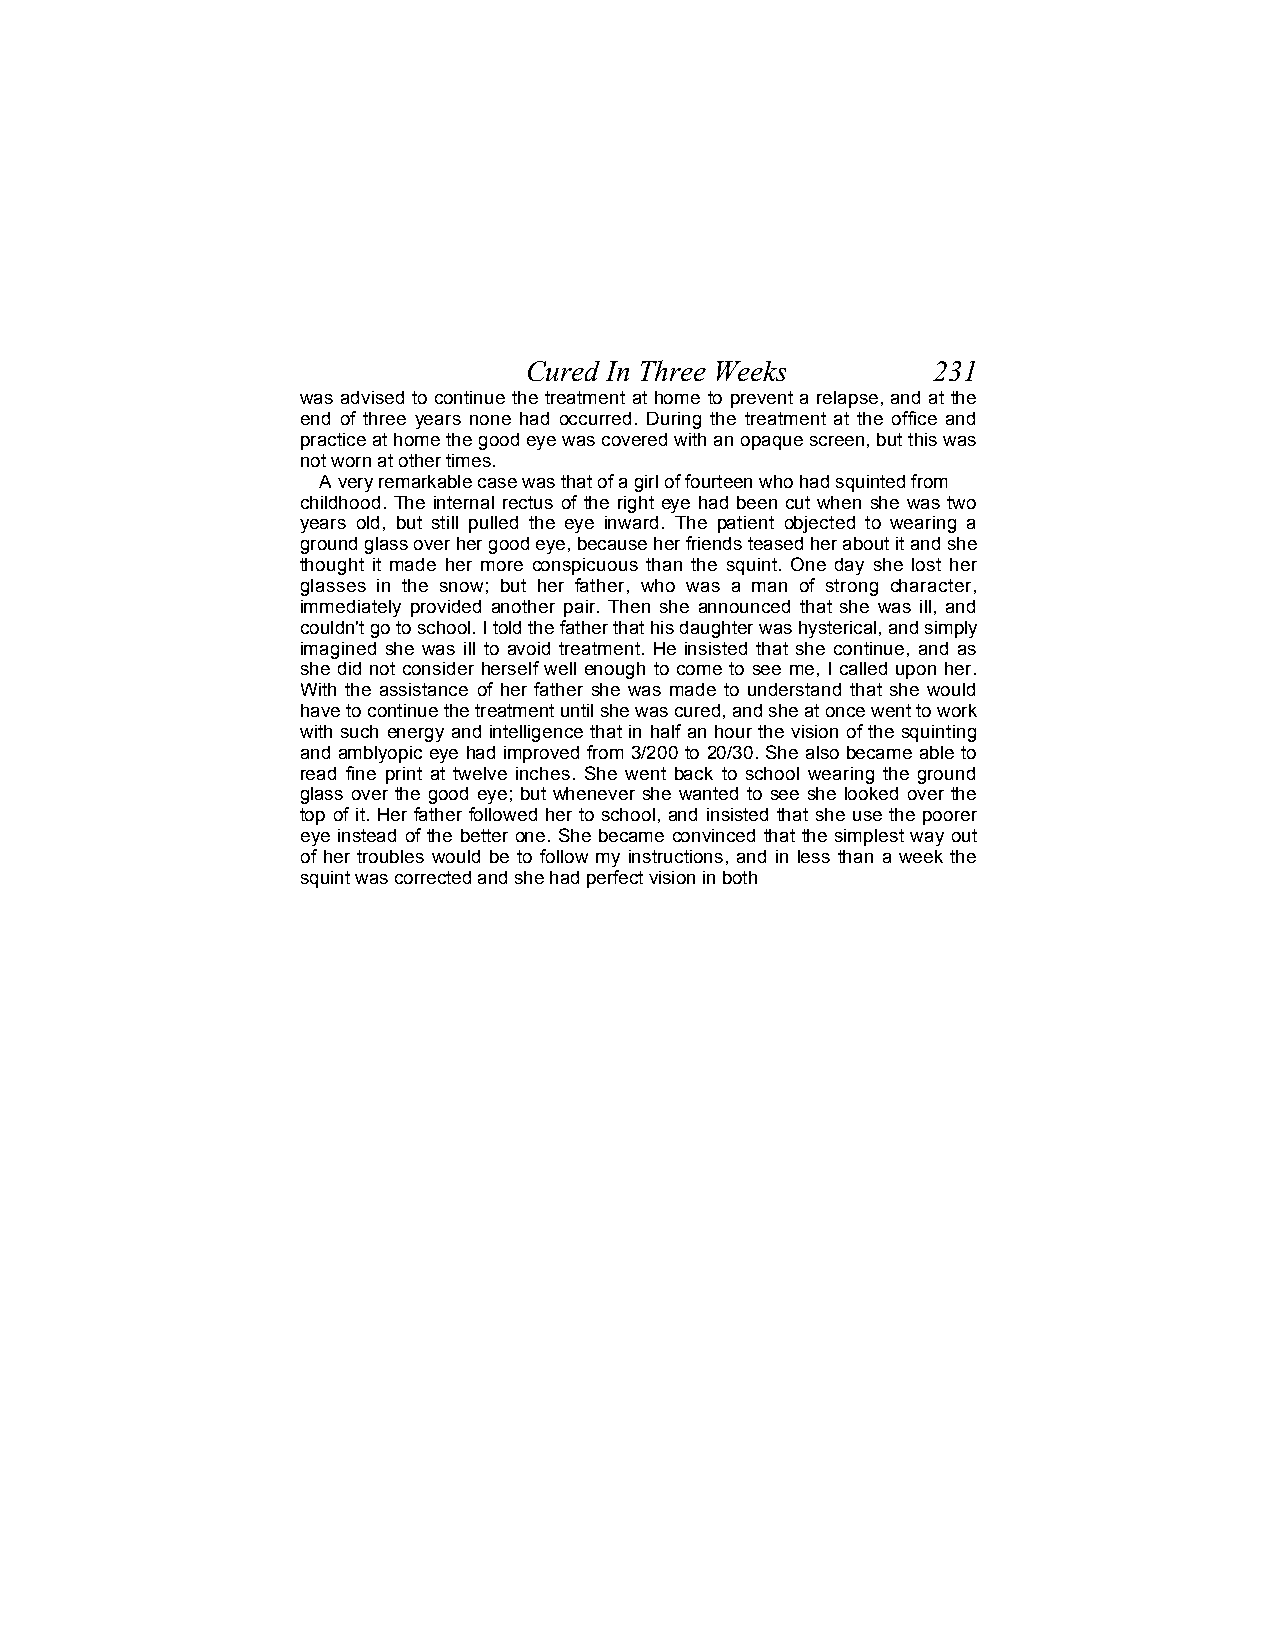
Cured In Three Weeks       231
 was advised to continue the treatment at home to prevent a relapse, and at the
 end of three years none had occurred. During the treatment at the office and
 practice at home the good eye was covered with an opaque screen, but this was
 not worn at other times.
 A very remarkable case was that of a girl of fourteen who had squinted from
 childhood. The internal rectus of the right eye had been cut when she was two
 years old, but still pulled the eye inward. The patient objected to wearing a
 ground glass over her good eye, because her friends teased her about it and she
 thought it made her more conspicuous than the squint. One day she lost her
 glasses in the snow; but her father, who was a man of strong character,
 immediately provided another pair. Then she announced that she was ill, and
 couldn't go to school. I told the father that his daughter was hysterical, and simply
 imagined she was ill to avoid treatment. He insisted that she continue, and as
 she did not consider herself well enough to come to see me, I called upon her.
 With the assistance of her father she was made to understand that she would
 have to continue the treatment until she was cured, and she at once went to work
 with such energy and intelligence that in half an hour the vision of the squinting
 and amblyopic eye had improved from 3/200 to 20/30. She also became able to
 read fine print at twelve inches. She went back to school wearing the ground
 glass over the good eye; but whenever she wanted to see she looked over the
 top of it. Her father followed her to school, and insisted that she use the poorer
 eye instead of the better one. She became convinced that the simplest way out
 of her troubles would be to follow my instructions, and in less than a week the
 squint was corrected and she had perfect vision in both